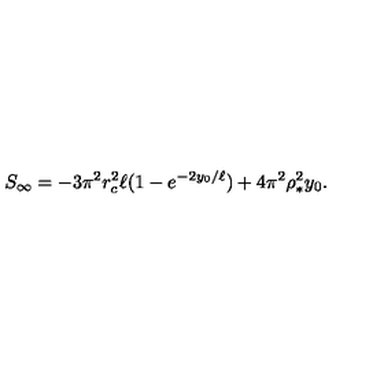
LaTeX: S _ { \infty } = - 3 \pi ^ { 2 } r _ { c } ^ { 2 } \ell ( 1 - e ^ { - 2 y _ { 0 } / \ell } ) + 4 \pi ^ { 2 } \rho _ { * } ^ { 2 } y _ { 0 } .